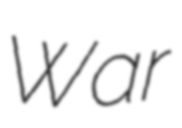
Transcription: War